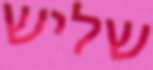
שליש